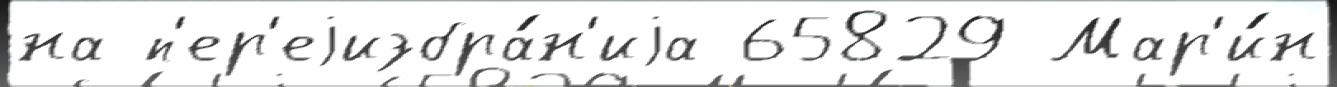
на п'ер'еjизбра́н'иjа 65829 Мар'и́н